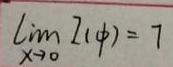
\[\lim_{x \to 0} z(\psi)=7\]